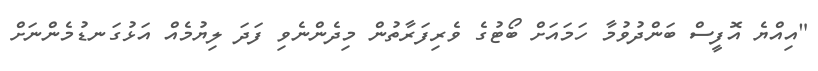
"އިއްޔެ އޮފީސް ބަންދުވުމާ ހަމައަށް ބޯޓުގެ ވެރިފަރާތުން މިދެންނެވި ފަަދަ ލިޔުމެއް އަޅުގަނޑުމެންނަށް